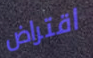
اقتراض